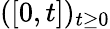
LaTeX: ([0,t])_{t\geq 0}